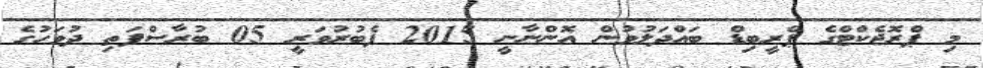
މި ޕްރޮޖެކްޓްގެ ޕްރީބިޑް ބައްދަލުވުން އޮންނާނީ 2015 ފެބުރުވަރީ 05 ބުރާސްފަތި ދުވަހުގެ